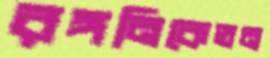
রঙ্গনিকেতন